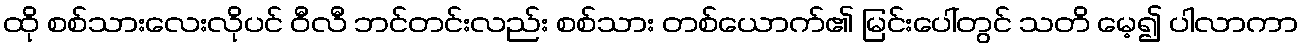
ထို စစ်သားလေးလိုပင် ဝီလီ ဘင်တင်းလည်း စစ်သား တစ်ယောက်၏ မြင်းပေါ်တွင် သတိ မေ့၍ ပါလာကာ